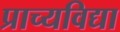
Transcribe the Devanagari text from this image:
प्राच्‍यविद्या